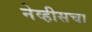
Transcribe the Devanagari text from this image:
नेव्हीसचा